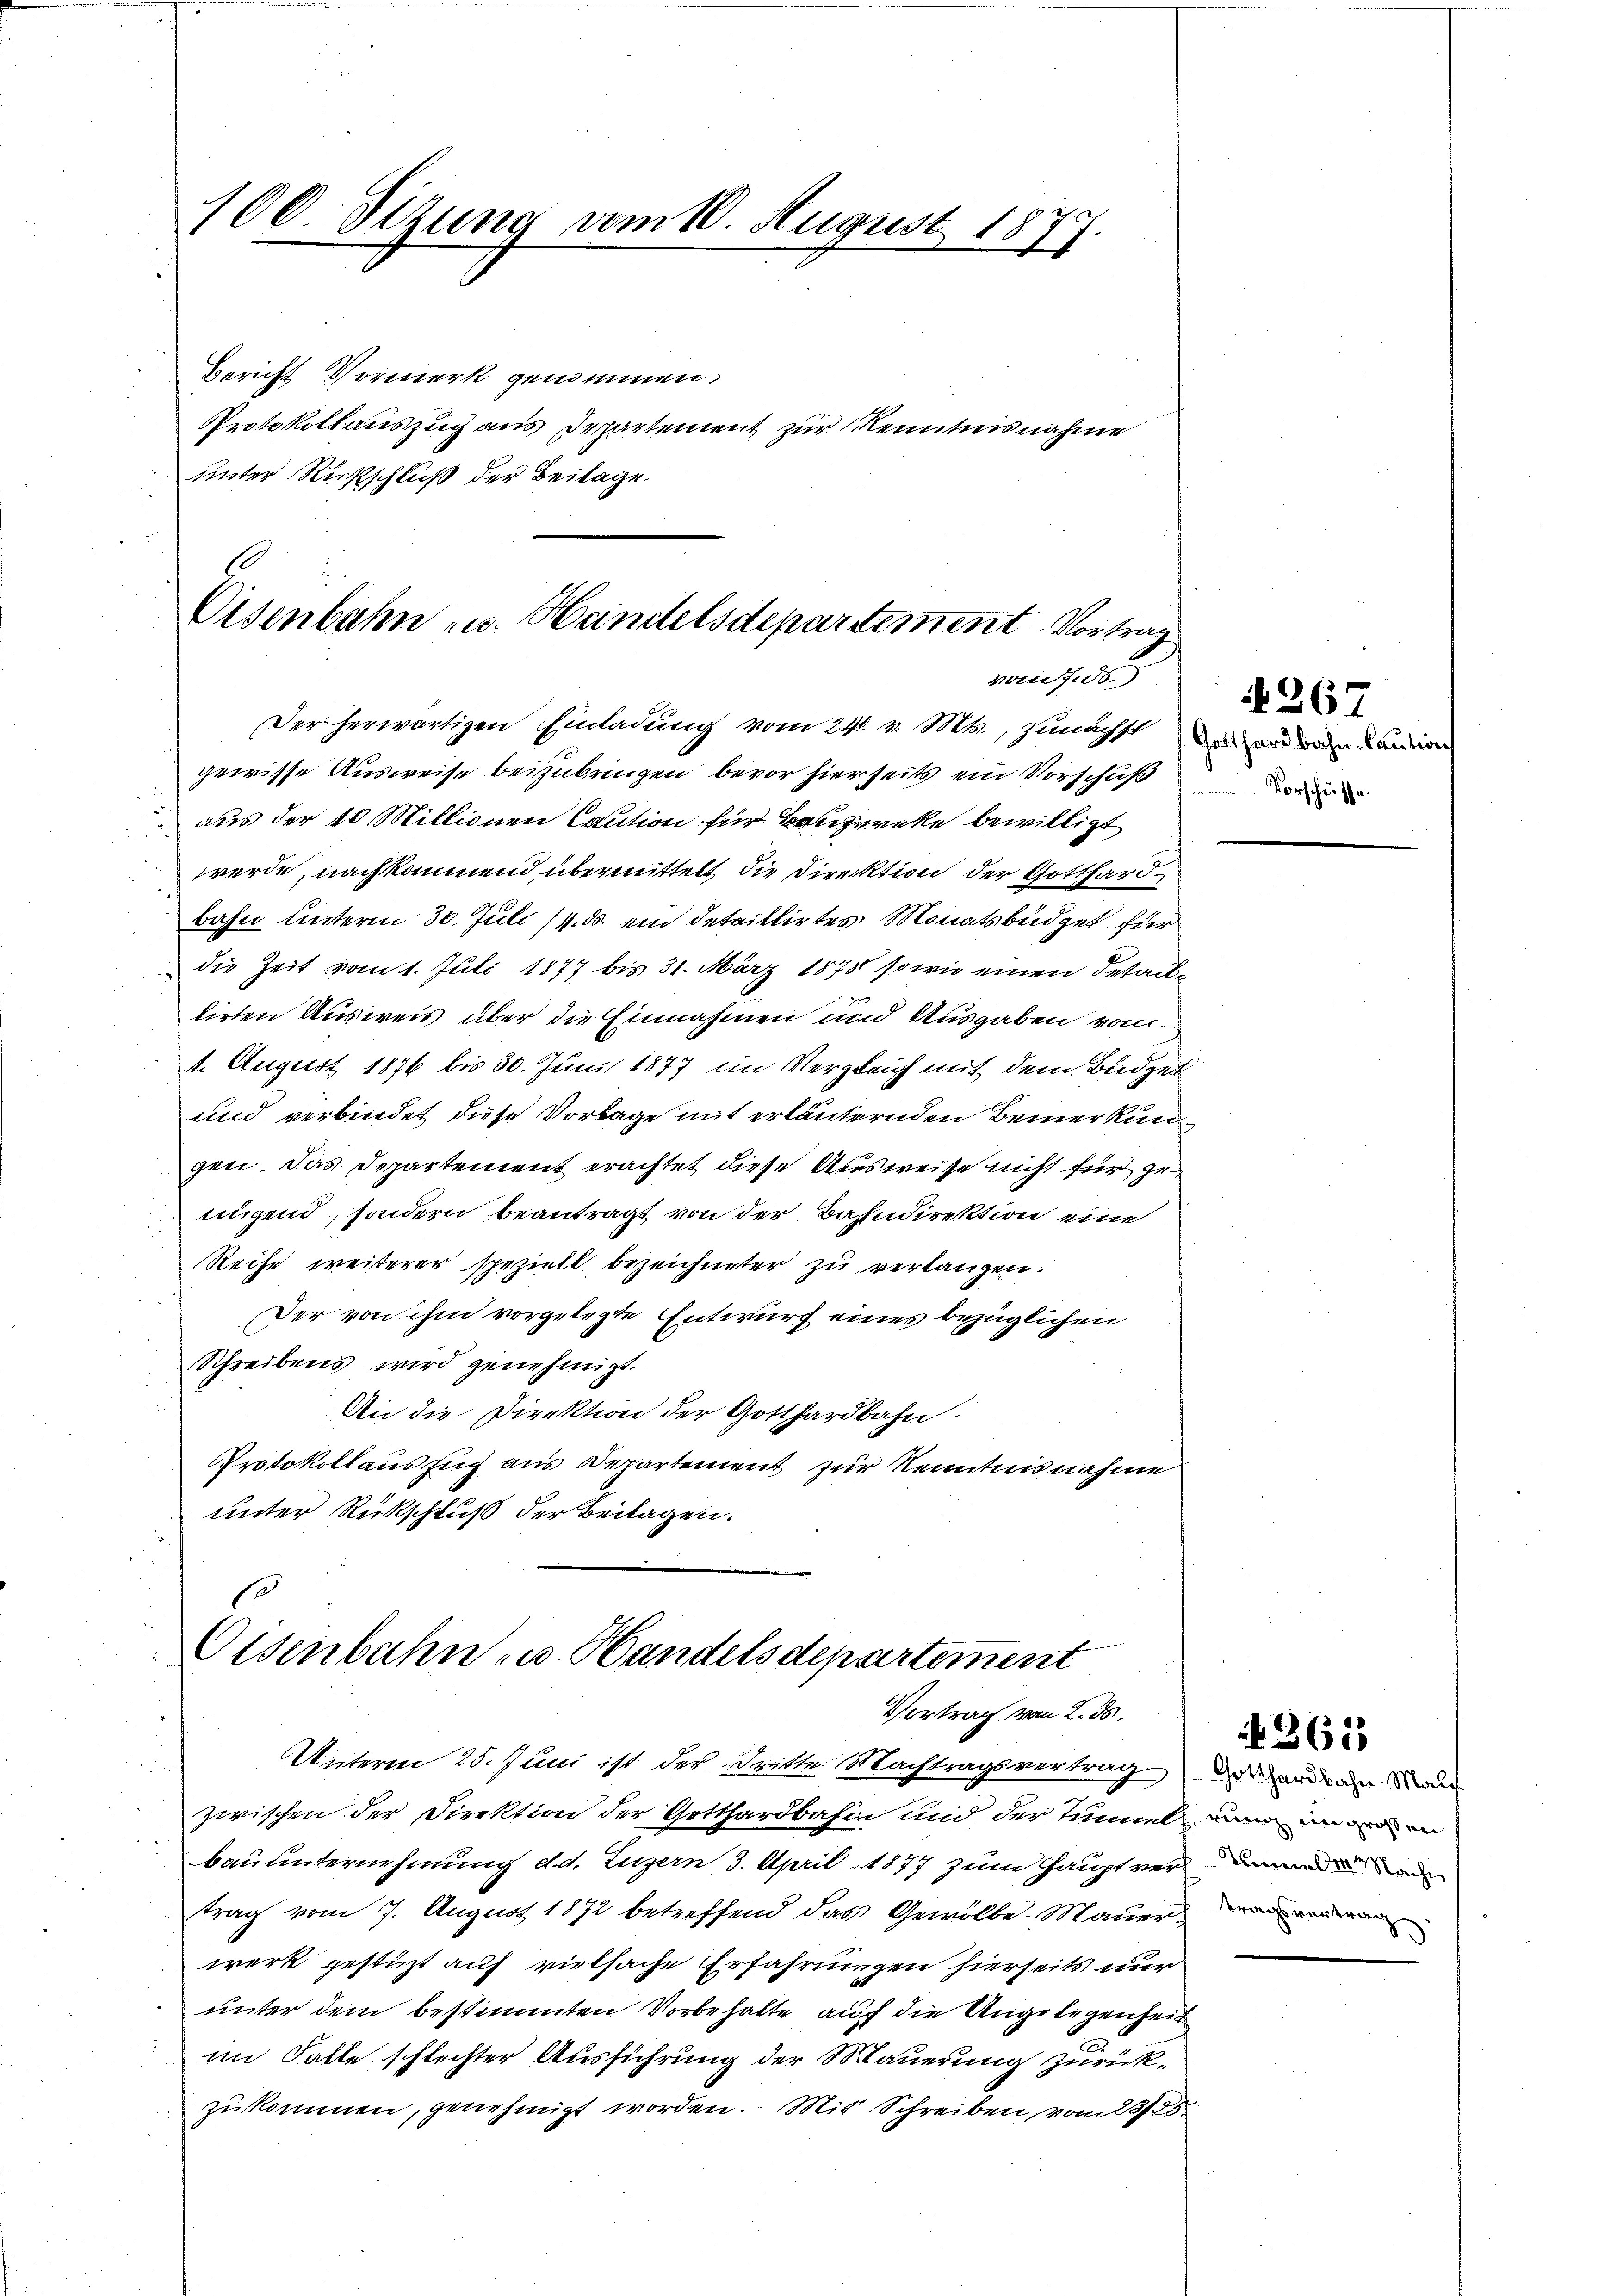
100. Sitzung vom 10. August 1877.
e

Bericht Vormerk genommen.
Protokollauszug aus Departement zur Kenntnisnahme
unter Rückschluß der Beilage.

Ei
Eisenbahn u. Handelsdepartement. Vortrag
vom 7. 56.

e
Eisenbahn- u. Handelsdepartement
Vortrag vom 2. ds.

Der herwärtigen Einladung vom 24. v. Mts., zunächst und und an die
gewisse Ausweise beizubringen, bevor hierseits ein Vorschuß
aus der 10 Millionen Caution für Bauzureke bewilligt
werde, nachkommend übermittelt die Direktion der Gotthardbahn unterm 30. Juli 11. ds. ein detaillirtes Monatsbüdget für
die Zeit vom 1. Juli 1877 bis 31. März 1878 sowie einen detailen
tirten Ausweis über die Einnahmen und Ausgaben von
1. August 1876 bis 30. Juni 1877 im Vergleich mit dem Büdget
und verbindet diese Vorlage mit erläuternden Bemerkung
gen. Das Departement erachtet diese Ausweise nicht für genugend, sondern beantragt von der Bahndirektion eine
Reihe weiterer speziell bezeichneter zu verlangen.
Der von ihm vorgelegte Entwurf eines bezüglichen
Schreibens wird genehmigt.
An die Direktion der Gotthardbahn.
Protokollauszug aus Departement zur Kenntnisnahme
unter Rückschluß der Beilagen.

Vorschüsse.

Unterm 25. Juni ist der Dritte Machtragsvertrag der anden Man
zwischen der Direktion der Gotthardbahin und der Tunnelin ein
bauunternehmung d. d. Luzern 3. April 1877 zum Hauptvermund a
trag vom 7. August 1872 betreffend das Gewölbe Mauer der
werk gestüzt auf vielfache Erfahrungen hierseits nur
unter dem bestimmten Vorbehalte auf die Angelegenheit
im Falle schlechter Ausführung der Mauerung zurückzukommen, genehmigt worden. Mit Schreiben, vom 23/25

N 267

261